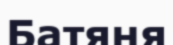
Батяня